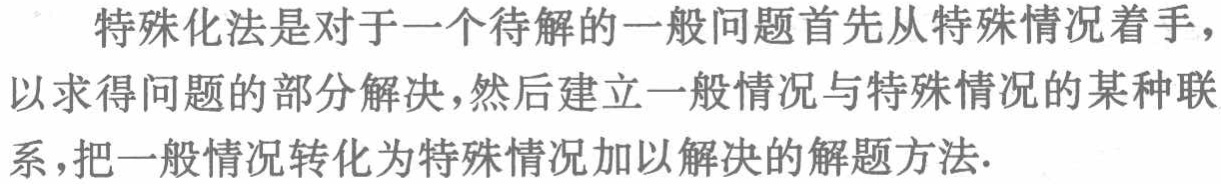
特殊化法是对于一个待解的一般问题首先从特殊情况着手，以求得问题的部分解决，然后建立一般情况与特殊情况的某种联系，把一般情况转化为特殊情况加以解决的解题方法.